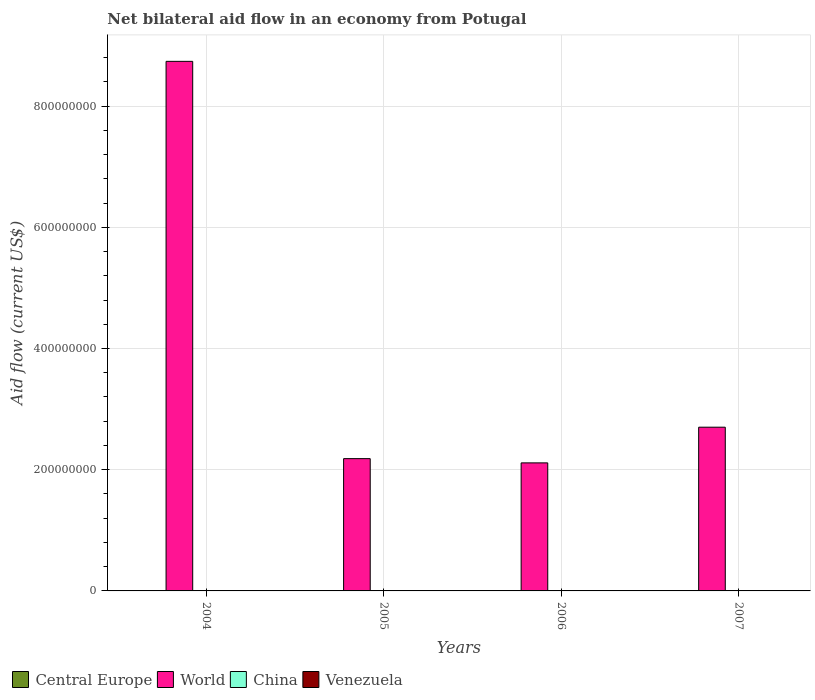
| Years | Central Europe | World | China | Venezuela |
 | --- | --- | --- | --- | --- |
 | 2004 | 5.5e+05 | 8.74e+08 | 3e+05 | 8e+04 |
 | 2005 | 5e+04 | 2.18e+08 | 2.7e+05 | 1e+05 |
 | 2006 | 8e+04 | 2.11e+08 | 1.3e+05 | 1.1e+05 |
 | 2007 | 1.2e+05 | 2.7e+08 | 1.5e+05 | 1.5e+05 |